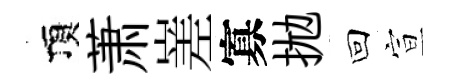
頂萧嵳寡拋回宣